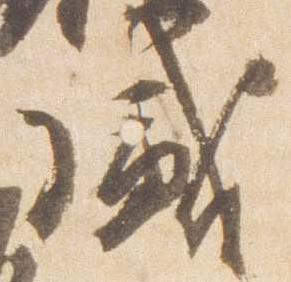
盛